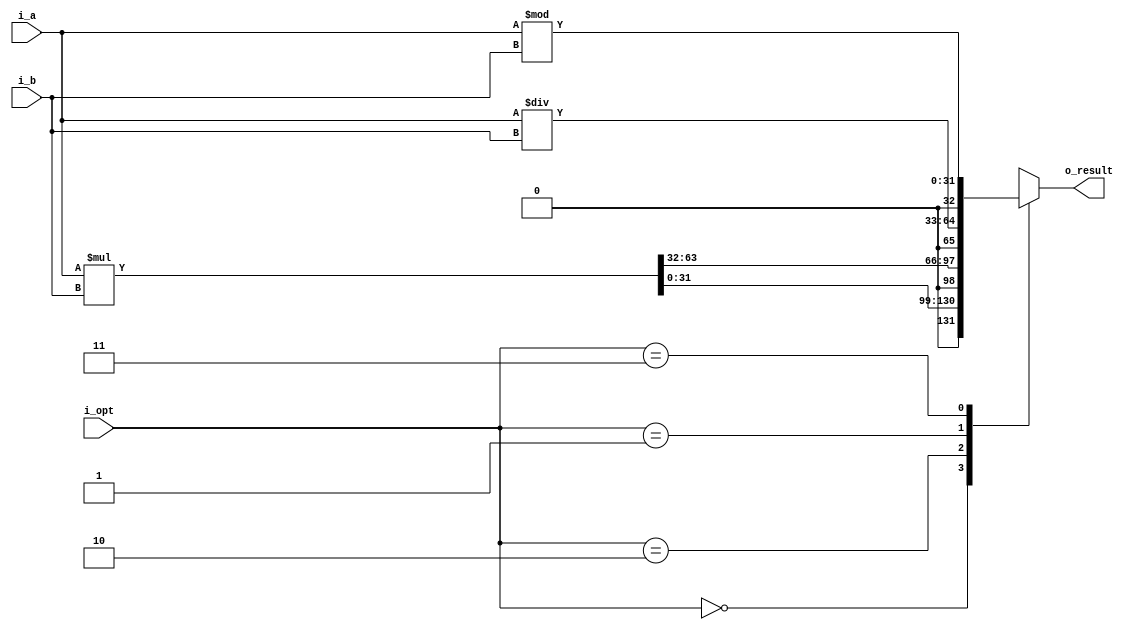
`timescale 1ns / 1ps

module mul_div(
	input [31:0] i_a,
	input [31:0] i_b,
	input[1:0] i_opt,
	output reg [32:0] o_result);

wire [63:0] mul;
wire [31:0] div;
wire [31:0] result;

assign mul = i_a * i_b;
assign div = i_a / i_b;
assign result = i_a % i_b;

always @* begin
	casez(i_opt)

		2'b00: o_result = mul[31:0];
		2'b10: o_result = mul[63:32];
		2'b01: o_result = div;
		2'b11: o_result = result;
		
	endcase
end
endmodule